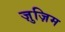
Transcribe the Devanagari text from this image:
ज़ुज़िम